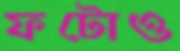
ফটোও